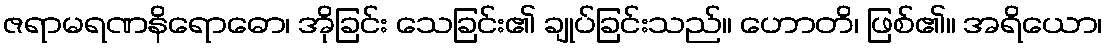
ဇရာမရဏနိရောဓော၊ အိုခြင်း သေခြင်း၏ ချုပ်ခြင်းသည်။ ဟောတိ၊ ဖြစ်၏။ အရိယော၊